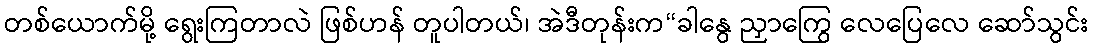
တစ်ယောက်မို့ ရွေးကြတာလဲ ဖြစ်ဟန် တူပါတယ်၊ အဲဒီတုန်းက“ခါနွေ ညှာကြွေ လေပြေလေ ဆော်သွင်း